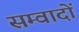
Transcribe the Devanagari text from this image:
सम्वादों